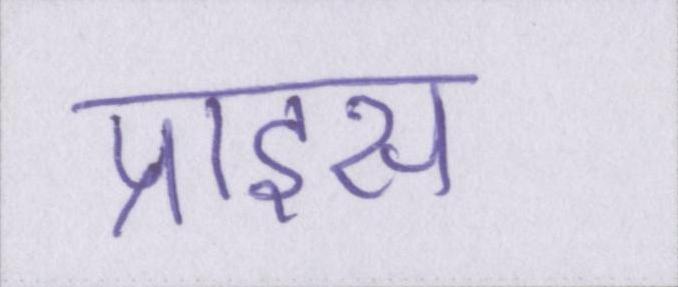
प्राइस